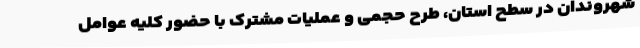
شهروندان در سطح استان، طرح حجمی و عملیات مشترک با حضور کلیه عوامل